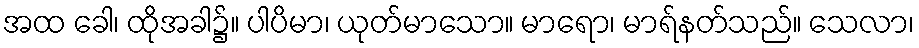
အထ ခေါ၊ ထိုအခါ၌။ ပါပိမာ၊ ယုတ်မာသော။ မာရော၊ မာရ်နတ်သည်။ သေလာ၊